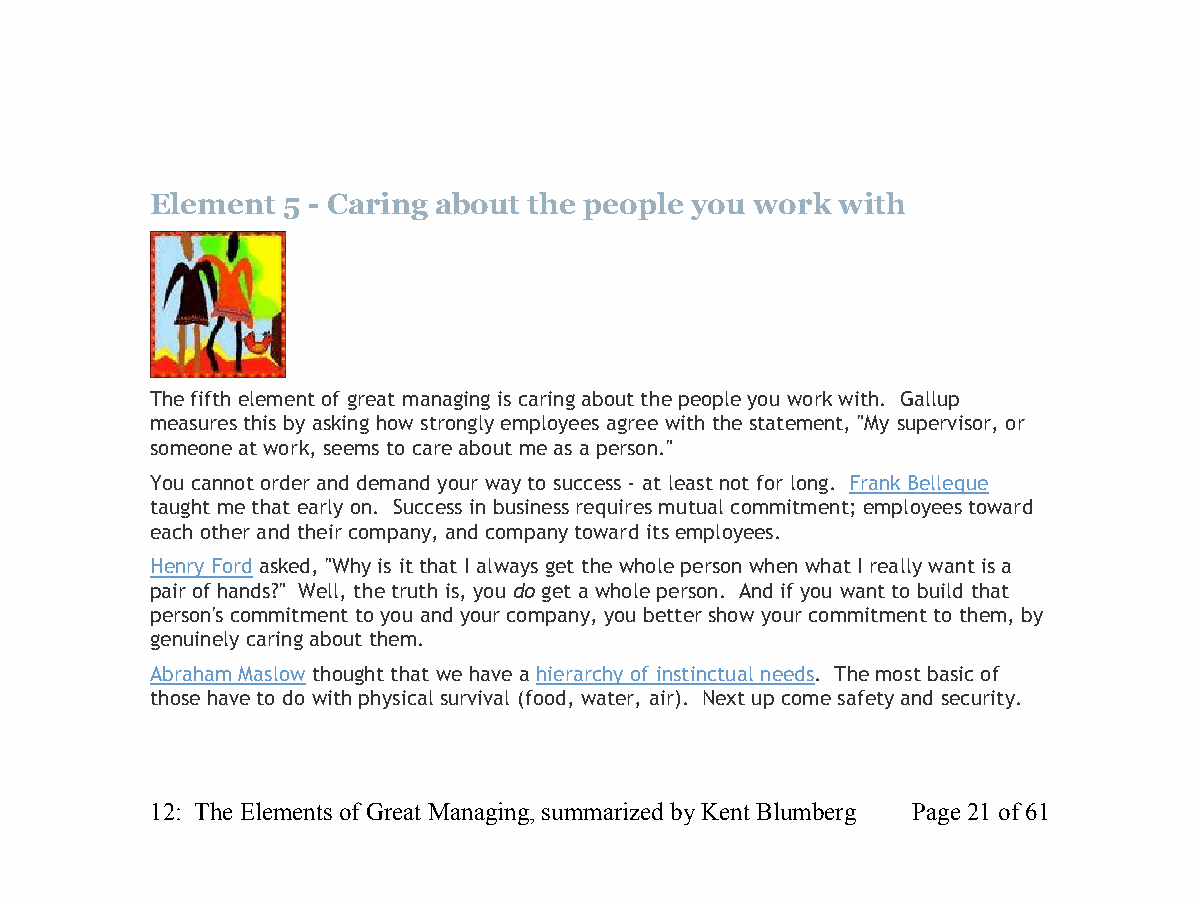
Element  5 - Caring about the people you work with
 The fifth element of great managing is caring about the people you work with. Gallup
 measures this by asking how strongly employees agree with the statement, "My supervisor, or
 someone at work, seems to care about me as a person."
 You cannot order and demand your way to success - at least not for long. Frank Belleque
 taught me that early on. Success in business requires mutual commitment; employees toward
 each other and their company, and company toward its employees.
 Henry Ford asked, "Why is it that I always get the whole person when what I really want is a
 pair of hands?" Well, the truth is, you do get a whole person. And if you want to build that
 person's commitment to you and your company, you better show your commitment to them, by
 genuinely caring about them.
 Abraham Maslow thought that we have a hierarchy of instinctual needs. The most basic of
 those have to do with physical survival (food, water, air). Next up come safety and security.
 12: The Elements of Great Managing, summarized by Kent Blumberg Page 21 of 61